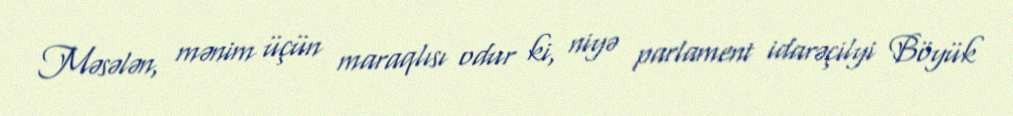
Məsələn, mənim üçün maraqlısı odur ki, niyə parlament idarəçilyi Böyük